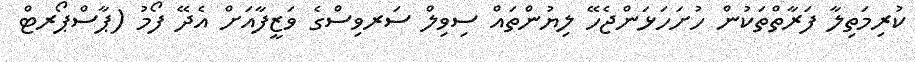
ކުރިމަތިލާ ފަރާތްތަކުން ހުށަހަޅަންޖެހޭ ލިޔުންތައް ސިވިލް ސަރވިސްގެ ވަޒީފާއަށް އެދޭ ފޯމު (ޕާސްޕޯރޓް